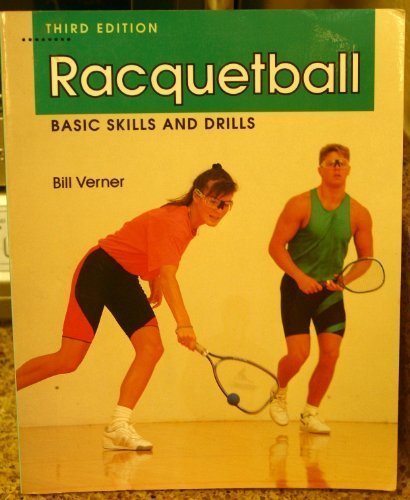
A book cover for Racquetball: Basic Skills and Drills; Verner; Sports & Outdoors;